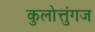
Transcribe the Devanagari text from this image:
कुलोत्तुंगज